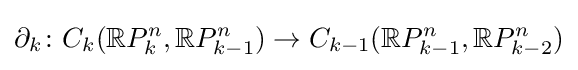
\partial _{k}\colon C_{k}(\mathbb {R} P_{k}^{n},\mathbb {R} P_{k-1}^{n})\to C_{k-1}(\mathbb {R} P_{k-1}^{n},\mathbb {R} P_{k-2}^{n})